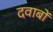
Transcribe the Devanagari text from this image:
दवाबों